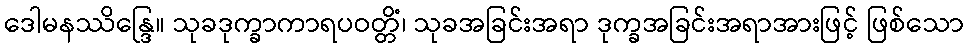
ဒေါမနဿိန္ဒြေ။ သုခဒုက္ခာကာရပဝတ္တိံ၊ သုခအခြင်းအရာ ဒုက္ခအခြင်းအရာအားဖြင့် ဖြစ်သော